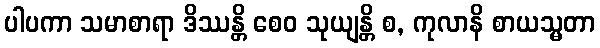
ပါပကာ သမာစာရာ ဒိဿန္တိ စေဝ သုယျန္တိ စ, ကုလာနိ စာယသ္မတာ